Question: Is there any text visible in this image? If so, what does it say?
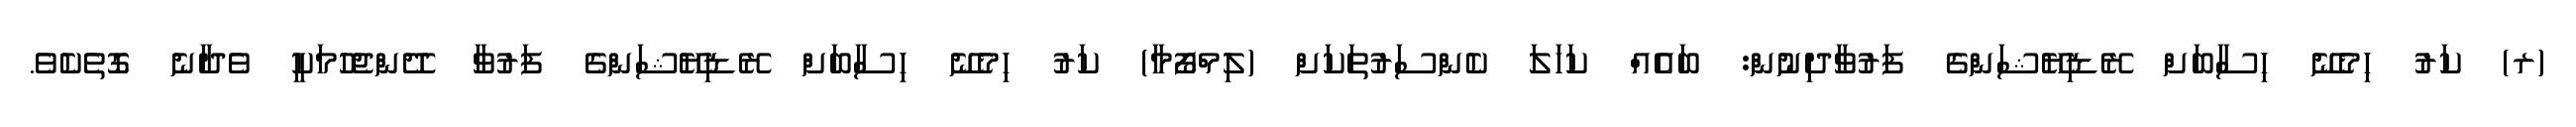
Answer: (ރ) ކަރު ހިމެނޭ ހިސާބަށް ރޭޑިޔޭޝަންގެ ފަރުވާދިނުން: ބައެއް ކަހަލަ ކެންސަރުތަކަށް (ލިމްފޯމާ) ކަރު ހިމެނޭ ހިސާބަށް ރޭޑިޔޭޝަންގެ ފަރުވާ ދޭންޖެހުމަކީ ވެދާނެ ގޮތެކެވެ.